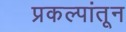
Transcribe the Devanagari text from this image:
प्रकल्पांतून